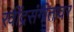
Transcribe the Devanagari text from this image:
रवींद्रसंगीतावर